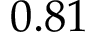
0 . 8 1